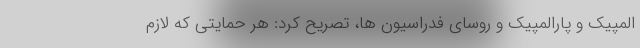
المپیک و پارالمپیک و روسای فدراسیون ها، تصریح کرد: هر حمایتی که لازم